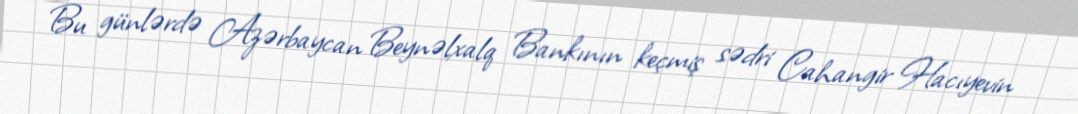
Bu günlərdə Azərbaycan Beynəlxalq Bankının keçmiş sədri Cahangir Hacıyevin